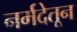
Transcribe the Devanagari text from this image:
नर्मदेतून